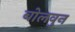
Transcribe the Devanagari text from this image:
बोलवुन